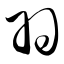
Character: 羽